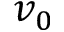
v _ { 0 }